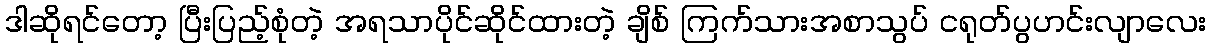
ဒါဆိုရင်တော့ ပြီးပြည့်စုံတဲ့ အရသာပိုင်ဆိုင်ထားတဲ့ ချိစ် ကြက်သားအစာသွပ် ငရုတ်ပွဟင်းလျာလေး